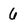
Character: 6